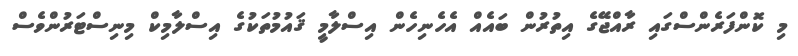
މި ކޮންފަރެންސްގައި ރާއްޖޭގެ އިތުރުން ބައެއް އެހެނިހެން އިސްލާމީ ޤައުމުތަކުގެ އިސްލާމިކް މިނިސްޓަރުންވެސް